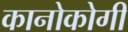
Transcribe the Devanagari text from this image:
कानोकोगी